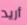
أريد